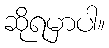
ဆိုရမှာပါ။